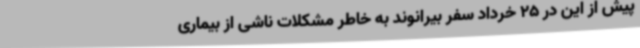
پیش از این در 25 خرداد سفر بیرانوند به خاطر مشکلات ناشی از بیماری